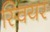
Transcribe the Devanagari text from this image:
स्वियर